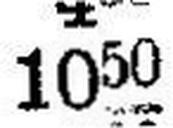
1050